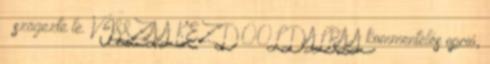
– szögezte le. VISSZA A KEZDŐOLDALRA A kommentelés opció,